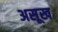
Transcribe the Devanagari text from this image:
असूख